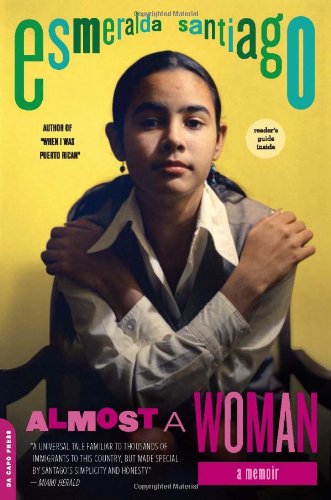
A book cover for Almost a Woman: A Memoir (A Merloyd Lawrence Book); Esmeralda Santiago; Biographies & Memoirs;